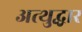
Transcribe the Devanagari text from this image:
अत्थुद्धार